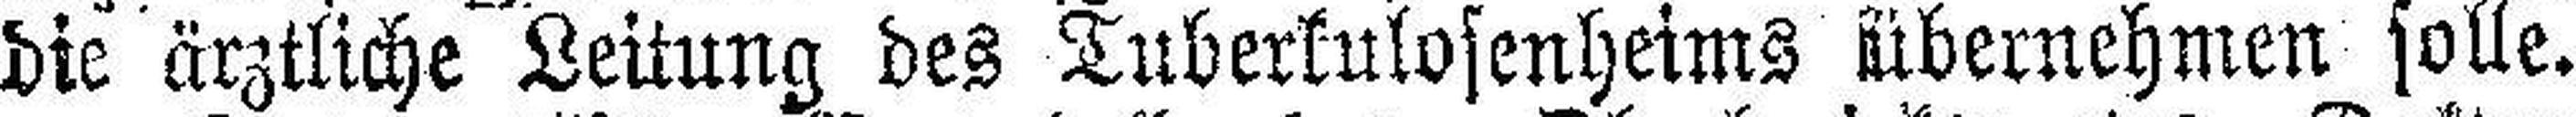
die ärztliche Leitung des Tuberkulosenheims übernehmen solle.